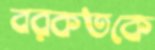
বরকতকে